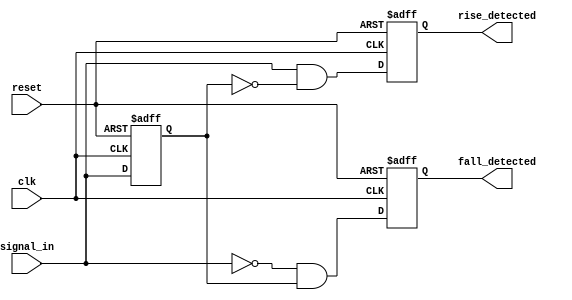
module dual_edge_detector (
    input wire clk,              // Clock signal
    input wire reset,            // Asynchronous reset signal
    input wire signal_in,        // Input signal to detect edges
    output reg rise_detected,    // Rising edge detected output
    output reg fall_detected      // Falling edge detected output
);

// Memory blocks to hold previous states
reg prev_state;
reg prev_prev_state;

// Sequential logic for edge detection
always @(posedge clk or posedge reset) begin
    if (reset) begin
        // Initialize memory blocks and outputs
        prev_prev_state <= 1'b0;
        prev_state <= 1'b0;
        rise_detected <= 1'b0;
        fall_detected <= 1'b0;
    end else begin
        // Update memory blocks
        prev_prev_state <= prev_state; // Store the previous state
        prev_state <= signal_in;        // Capture the current state

        // Edge detection logic
        rise_detected <= (signal_in == 1'b1 && prev_state == 1'b0);
        fall_detected <= (signal_in == 1'b0 && prev_state == 1'b1);
    end
end

endmodule